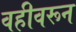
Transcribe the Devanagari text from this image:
वहीवरून